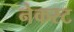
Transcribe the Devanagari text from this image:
नेकस्ट